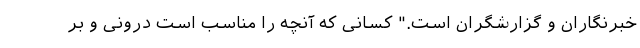
خبرنگاران و گزارشگران است." کسانی که آنچه را مناسب است درونی و بر